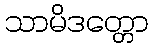
သာမိဒတ္တော